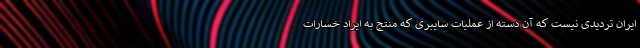
ایران تردیدی نیست که آن دسته از عملیات سایبری که منتج به ایراد خسارات